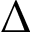
\Delta